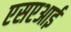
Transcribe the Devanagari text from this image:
एसएआई